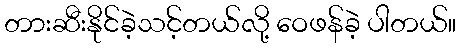
တားဆီးနိုင်ခဲ့သင့်တယ်လို့ ဝေဖန်ခဲ့ ပါတယ်။